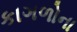
કાગળોના